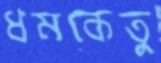
ধমকেতু